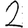
Digit: 2